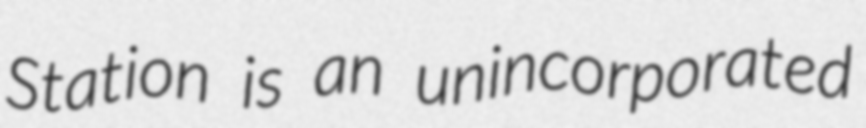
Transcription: Station is an unincorporated